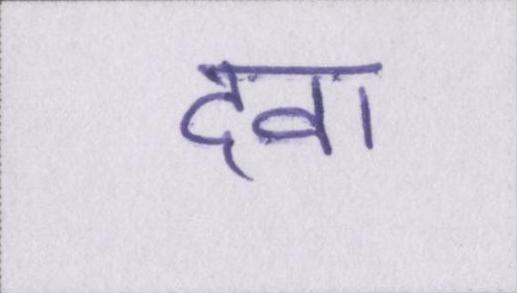
दवा